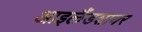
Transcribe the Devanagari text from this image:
आइलैंडशायर